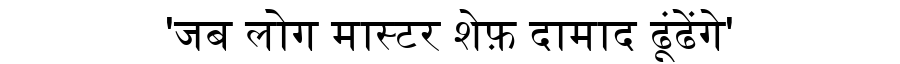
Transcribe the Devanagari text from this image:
'जब लोग मास्टर शेफ़ दामाद ढूंढेंगे'